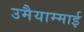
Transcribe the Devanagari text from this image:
उमैयाम्माई